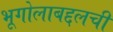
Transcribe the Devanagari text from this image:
भूगोलाबद्दलची